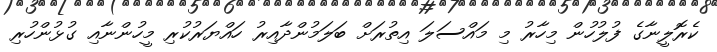
ކެރޮލީނާގެ ފުލުހުން މިހާރު މި މައްސަލަ އިތުރަށް ބަލަމުންދާއިރު ހައްޔަރުކުރި މީހުންނާއި ގުޅުންހުރި